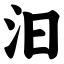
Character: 汩